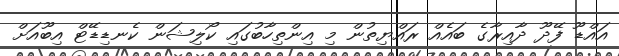
އައްޑޫ ފޭދޫ ދާއިރާގެ ބައެއް ރައްޔިތުން މި އިންތިހާބުގައި ކޯލިޝަން ކެނޑިޑޭޓް އިބޫއަށް